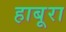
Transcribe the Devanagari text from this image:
हाबूरा